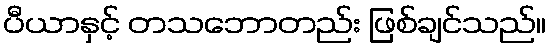
ပီယာနှင့် တသဘောတည်း ဖြစ်ချင်သည်။